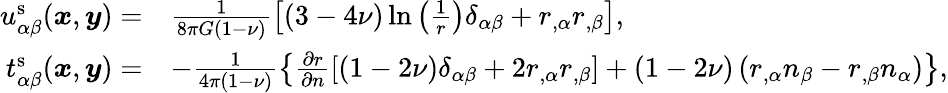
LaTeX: \begin{array}{rl}{u_{\alpha\beta}^{\mathrm{s}}(\boldsymbol{x},\boldsymbol{y})=}&{\frac{1}{8\pi G(1-\nu)}\left[(3-4\nu)\ln\left(\frac{1}{r}\right)\delta_{\alpha\beta}+r_{,\alpha}r_{,\beta}\right],}\\ {t_{\alpha\beta}^{\mathrm{s}}(\boldsymbol{x},\boldsymbol{y})=}&{-\frac{1}{4\pi(1-\nu)}\left\{ \frac{\partial r}{\partial n}\left[(1-2\nu)\delta_{\alpha\beta}+2r_{,\alpha}r_{,\beta}\right]+(1-2\nu)\left(r_{,\alpha}n_{\beta}-r_{,\beta}n_{\alpha}\right)\right\} ,}\end{array}